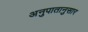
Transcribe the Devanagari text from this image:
अनुपातानुसार